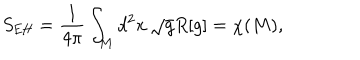
S _ { \mathrm { E H } } = \frac { 1 } { 4 \pi } \int _ { M } d ^ { 2 } x \, \sqrt { g } R [ g ] = \chi ( M ) ,